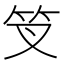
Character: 𥫢